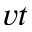
v t